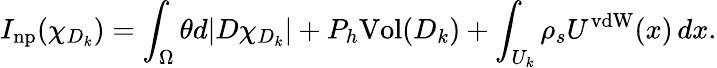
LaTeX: I_{\mathrm{np}}(\chi_{D_{k}})=\int_{\Omega}\theta d|D\chi_{D_{k}}|+P_{h}\mathrm{Vol}(D_{k})+\int_{U_{k}}\rho_{s}U^{\mathrm{vdW}}(x)\, dx.